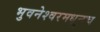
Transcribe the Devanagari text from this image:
भुवनेश्वरमधूनच